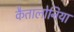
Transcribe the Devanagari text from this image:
कैतालोनिया